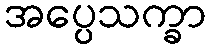
အပ္ပေသက္ခာ